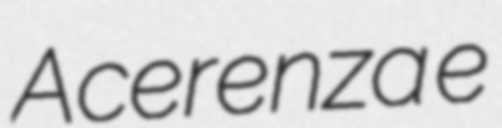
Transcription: Acerenza e